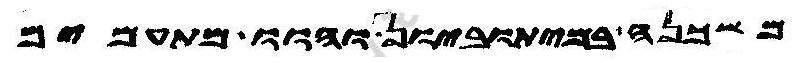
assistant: משכנה במיתוביון והוו מתעמים